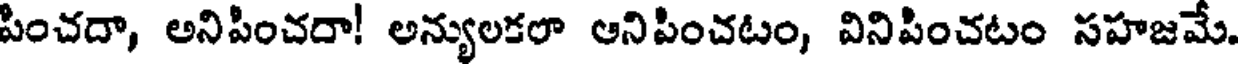
పించదా, అనిపించరా! అన్యులకరా ఆనిపించటం, వినిపించటం సహజమే.